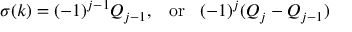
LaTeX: \sigma ( k ) = ( - 1 ) ^ { j - 1 } Q _ { j - 1 } , \; \; \; \mathrm { o r } \; \; \; ( - 1 ) ^ { j } ( Q _ { j } - Q _ { j - 1 } )